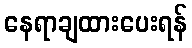
နေရာချထားပေးရန်